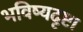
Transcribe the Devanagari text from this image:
भविष्यदृष्टा